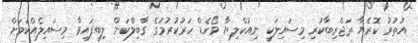
އުތުރު ކޮރެޔާ ތަޖްރިބާކުރި މިސައިލަކީ ނިއުކްލިޔާ ވޯހެޑް ހަރުކުރުމުގެ ގާބިލްކަން ލިބިފައިވާ މިސައިލެއްކަމަށް